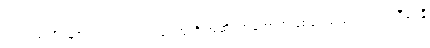
ပင်လယ်လိပ်များသည် ပင်လယ်ရေထုကို အဆိပ်အတောက်ဖြစ်စေသည့် ပင်လယ်ဒီရေနီ